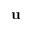
\mathbf { u }